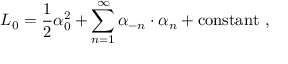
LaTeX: L _ { 0 } = { \frac { 1 } { 2 } } \alpha _ { 0 } ^ { 2 } + \sum _ { n = 1 } ^ { \infty } \alpha _ { - n } \cdot \alpha _ { n } + \mathrm { c o n s t a n t } \ ,